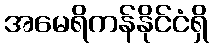
အမေရိကန်နိုင်ငံရှိ